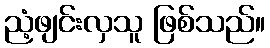
ညံ့ဖျင်းလှသူ ဖြစ်သည်။